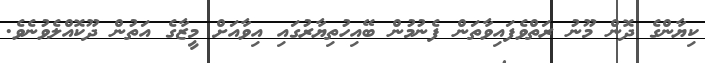
ކިޔާންގެ ދޮން މޫނު ރަތްވެފައިވާތަން ފެނުމުން ބޭއިހުތިޔާރުގައި އިވާއަށް މީޒާގެ އަތުން ދޫކޮއްލެވުނެވެ.